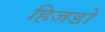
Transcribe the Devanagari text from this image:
हिजडों